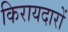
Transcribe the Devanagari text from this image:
किरायदारों